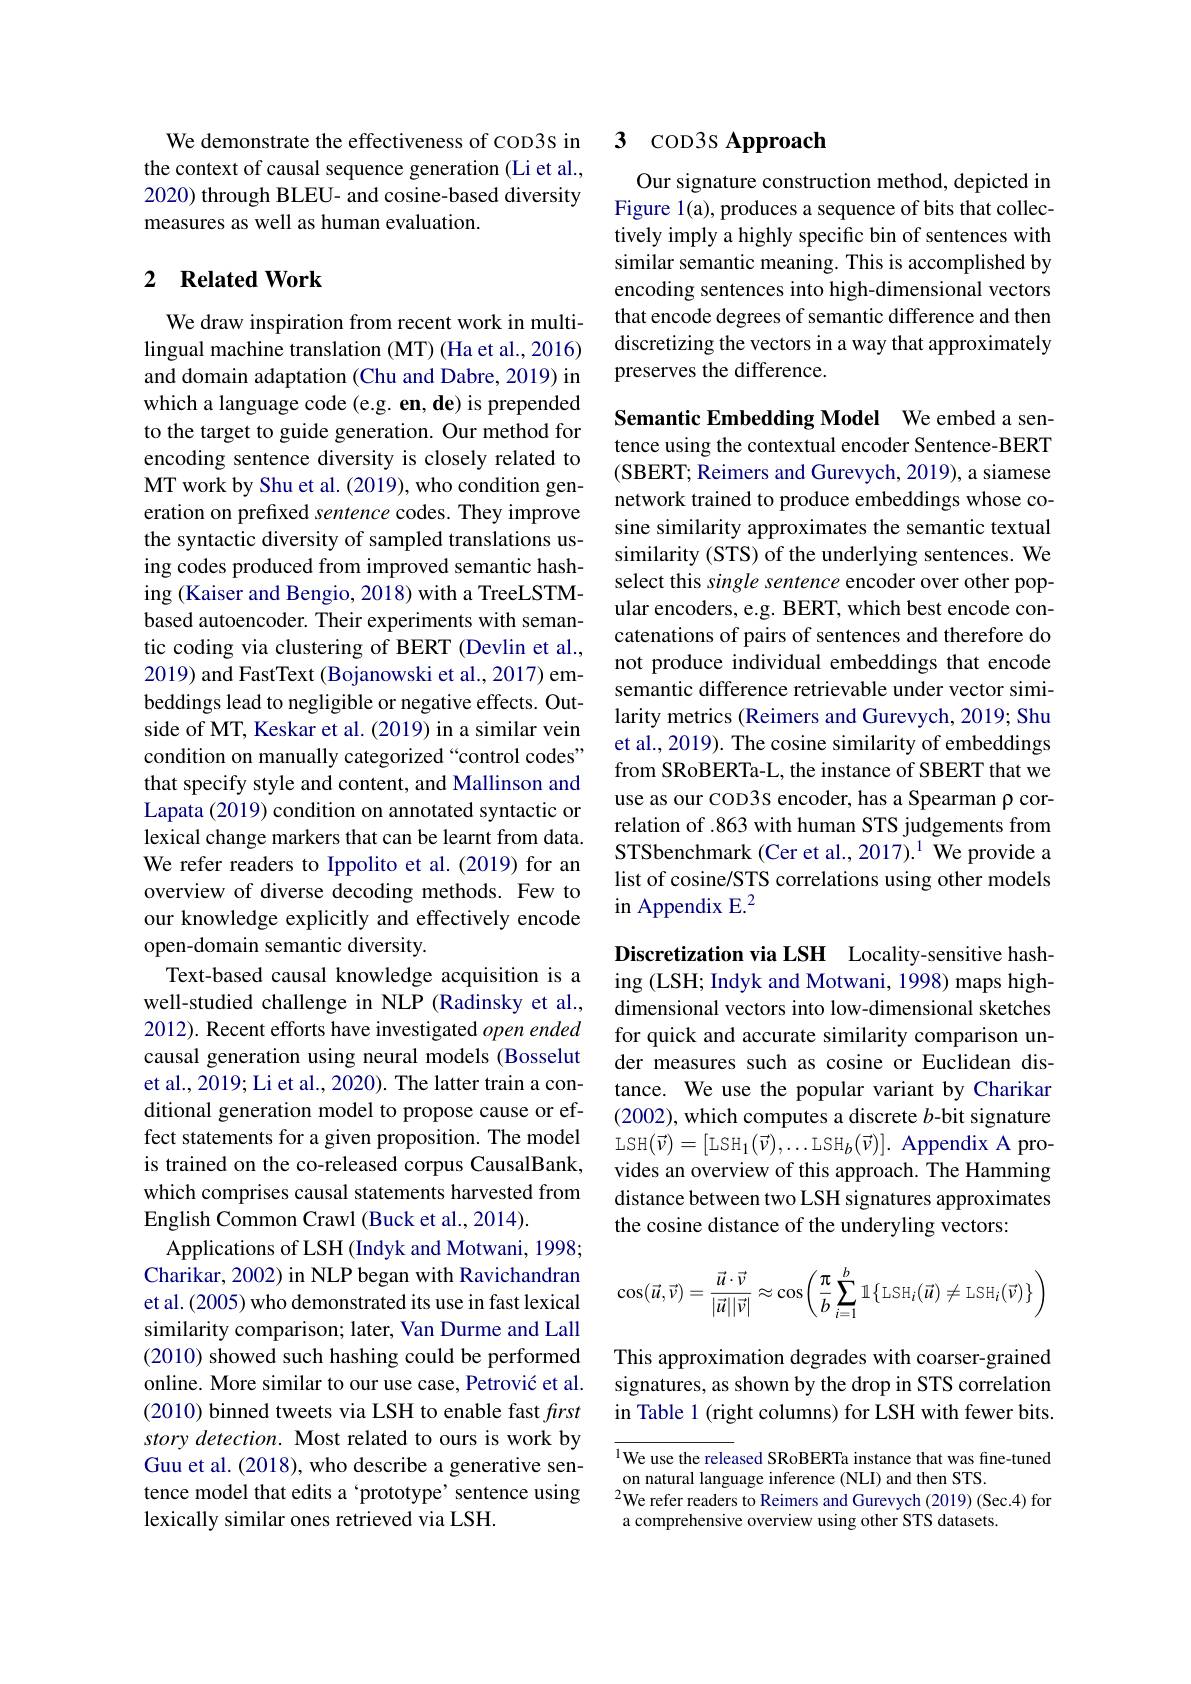
We demonstrate the effectiveness of COD3S in the context of causal sequence generation (Li et al., 2020) through BLEU- and cosine-based diversity measures as well as human evaluation.

## 2 $\textbf{Related Work}$

We draw inspiration from recent work in multilingual machine translation (MT) (Ha et al., 2016) and domain adaptation (Chu and Dabre, 2019) in which a language code (e.g. en, de) is prepended to the target to guide generation. Our method for encoding sentence diversity is closely related to MT work by Shu et al. (2019), who condition generation on prefixed sentence codes. They improve the syntactic diversity of sampled translations using codes produced from improved semantic hashing (Kaiser and Bengio, 2018) with a TreeLSTMbased autoencoder. Their experiments with semantic coding via clustering of BERT (Devlin et al., 2019) and FastText (Bojanowski et al., 2017) embeddings lead to negligible or negative effects. Outside of MT, Keskar et al. (2019) in a similar vein condition on manually categorized “control codes” that specify style and content, and Mallinson and Lapata (2019) condition on annotated syntactic or lexical change markers that can be learnt from data. We refer readers to Ippolito et al.(2019) for an overview of diverse decoding methods. Few to our knowledge explicitly and effectively encode open-domain semantic diversity.
Text-based causal knowledge acquisition is a well-studied challenge in NLP (Radinsky et al., 2012). Recent efforts have investigated open ended causal generation using neural models (Bosselut et al., 2019; Li et al., 2020). The latter train a conditional generation model to propose cause or effect statements for a given proposition. The model is trained on the co-released corpus CausalBank, which comprises causal statements harvested from English Common Crawl (Buck et al., 2014).
Applications of LSH (Indyk and Motwani, 1998; Charikar, 2002) in NLP began with Ravichandran et al. (2005) who demonstrated its use in fast lexical similarity comparison; later, Van Durme and Lall (2010) showed such hashing could be performed online. More similar to our use case, Petrović et al. (2010) binned tweets via LSH to enable fast frst story detection. Most related to ours is work by Guu et al. (2018), who describe a generative sentence model that edits a 'prototype' sentence using lexically similar ones retrieved via LSH.

### 3 cop3s Approach

Our signature construction method, depicted in Figure 1(a), produces a sequence of bits that collectively imply a highly specific bin of sentences with similar semantic meaning. This is accomplished by encoding sentences into high-dimensional vectors that encode degrees of semantic difference and then discretizing the vectors in a way that approximately preserves the difference.

Semantic Embedding Model We embed a sentence using the contextual encoder Sentence-BERT (SBERT; Reimers and Gurevych, 2019), a siamese network trained to produce embeddings whose cosine similarity approximates the semantic textual similarity (STS) of the underlying sentences. We select this single sentence encoder over other popular encoders, e.g. BERT, which best encode concatenations of pairs of sentences and therefore do not produce individual embeddings that encode semantic difference retrievable under vector similarity metrics (Reimers and Gurevych, 2019; Shu et al., 2019). The cosine similarity of embeddings from SRoBERTa-L, the instance of SBERT that we use as our COD3S encoder, has a Spearman p correlation of .863 with human STS judgements from STSbenchmark (Cer et al., 2017).$^{1}$ We provide a list of cosine/STS correlations using other models in Appendix E.$^2$

Discretization via LSH Locality-sensitive hashing (LSH; Indyk and Motwani, 1998) maps highdimensional vectors into low-dimensional sketches for quick and accurate similarity comparison under measures such as cosine or Euclidean distance. We use the popular variant by Charikar (2002), which computes a discrete $b$-bit signature LSH$(\vec{\nu})=[$LSH$_1(\vec{\nu}),\ldots$LSH$_b(\vec{\nu})].$ Appendix A provides an overview of this approach. The Hamming distance between two LSH signatures approximates the cosine distance of the underyling vectors:
$$\cos(\vec{u},\vec{v})=\frac{\vec{u}\cdot\vec{v}}{|\vec{u}||\vec{v}|}\approx\cos\left(\frac{\pi}{b}\sum_{i=1}^{b}\mathbb{1}\left\{\text{LSH}_i(\vec{u})\neq\text{LSH}_i(\vec{v})\right\}\right)$$
This approximation degrades with coarser-grained signatures, as shown by the drop in STS correlation in Table 1 (right columns) for LSH with fewer bits.

1We use the released SRoBERTa instance that was fine-tuned
on natural language inference (NLI) and then STS.
$^{2}$We refer readers to Reimers and Gurevych (2019)(Sec.4) for
a comprehensive overview using other STS datasets.